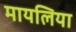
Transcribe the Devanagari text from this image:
मायलिया